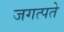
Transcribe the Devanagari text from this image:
जगत्पते